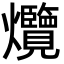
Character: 爦